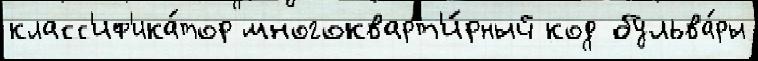
класс'иф'ика́тор многокварт'и́рный код бульва́ры